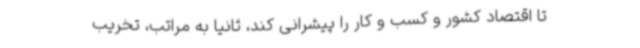
تا اقتصاد کشور و کسب و کار را پیشرانی کند، ثانیاً به مراتب، تخریب